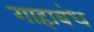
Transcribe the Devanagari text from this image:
गाहाबंध